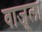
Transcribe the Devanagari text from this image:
वाजूला